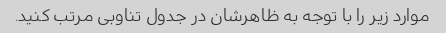
موارد زیر را با توجه به ظاهرشان در جدول تناوبی مرتب کنید.